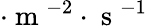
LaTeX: \cdot\mathrm{~m~}^{-2}\cdot\mathrm{~s~}^{-1}